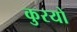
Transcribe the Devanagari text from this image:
कुरयो